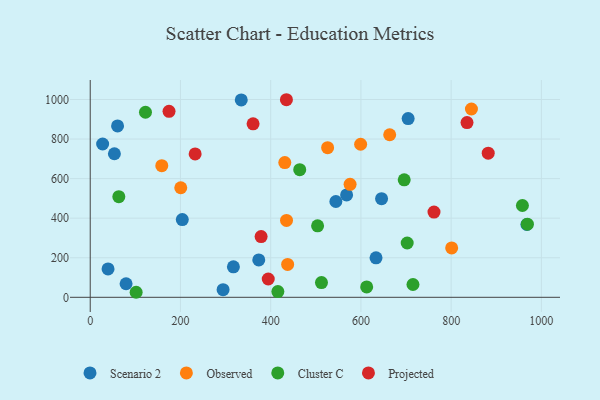
{"axis": {"x": "Study Hours", "y": "Profit"}, "legend": ["Cluster C", "Observed", "Projected", "Scenario 2"], "data": [{"x": "633.5", "y": 199.8, "type": "Scenario 2"}, {"x": "79.5", "y": 68.4, "type": "Scenario 2"}, {"x": "334.8", "y": 997.7, "type": "Scenario 2"}, {"x": "568.3", "y": 517.7, "type": "Scenario 2"}, {"x": "704.7", "y": 903.3, "type": "Scenario 2"}, {"x": "373.6", "y": 188.9, "type": "Scenario 2"}, {"x": "53.6", "y": 725.8, "type": "Scenario 2"}, {"x": "27.5", "y": 775.0, "type": "Scenario 2"}, {"x": "317.4", "y": 154.0, "type": "Scenario 2"}, {"x": "39.5", "y": 143.2, "type": "Scenario 2"}, {"x": "60.6", "y": 866.5, "type": "Scenario 2"}, {"x": "294.5", "y": 38.5, "type": "Scenario 2"}, {"x": "204.1", "y": 393.0, "type": "Scenario 2"}, {"x": "967.9", "y": 367.9, "type": "Scenario 2"}, {"x": "544.5", "y": 484.2, "type": "Scenario 2"}, {"x": "645.8", "y": 498.7, "type": "Scenario 2"}, {"x": "576.0", "y": 571.2, "type": "Observed"}, {"x": "599.4", "y": 773.7, "type": "Observed"}, {"x": "435.1", "y": 388.4, "type": "Observed"}, {"x": "158.6", "y": 665.2, "type": "Observed"}, {"x": "437.6", "y": 166.3, "type": "Observed"}, {"x": "526.2", "y": 756.6, "type": "Observed"}, {"x": "801.2", "y": 249.8, "type": "Observed"}, {"x": "845.0", "y": 951.9, "type": "Observed"}, {"x": "431.3", "y": 680.9, "type": "Observed"}, {"x": "663.8", "y": 821.7, "type": "Observed"}, {"x": "200.7", "y": 553.7, "type": "Observed"}, {"x": "415.9", "y": 29.0, "type": "Cluster C"}, {"x": "464.4", "y": 645.4, "type": "Cluster C"}, {"x": "702.6", "y": 274.6, "type": "Cluster C"}, {"x": "101.8", "y": 25.4, "type": "Cluster C"}, {"x": "122.5", "y": 935.6, "type": "Cluster C"}, {"x": "512.6", "y": 74.4, "type": "Cluster C"}, {"x": "715.4", "y": 64.7, "type": "Cluster C"}, {"x": "63.4", "y": 508.5, "type": "Cluster C"}, {"x": "612.8", "y": 52.6, "type": "Cluster C"}, {"x": "958.0", "y": 464.2, "type": "Cluster C"}, {"x": "504.0", "y": 361.2, "type": "Cluster C"}, {"x": "969.0", "y": 369.5, "type": "Cluster C"}, {"x": "696.0", "y": 593.9, "type": "Cluster C"}, {"x": "378.8", "y": 306.9, "type": "Projected"}, {"x": "882.2", "y": 728.8, "type": "Projected"}, {"x": "174.7", "y": 940.4, "type": "Projected"}, {"x": "394.6", "y": 92.4, "type": "Projected"}, {"x": "434.9", "y": 998.8, "type": "Projected"}, {"x": "361.0", "y": 876.8, "type": "Projected"}, {"x": "835.2", "y": 883.4, "type": "Projected"}, {"x": "762.0", "y": 430.6, "type": "Projected"}, {"x": "232.6", "y": 724.8, "type": "Projected"}]}